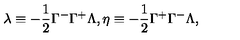
\lambda \equiv - \frac { 1 } { 2 } \Gamma ^ { - } \Gamma ^ { + } \Lambda , \eta \equiv - \frac { 1 } { 2 } \Gamma ^ { + } \Gamma ^ { - } \Lambda ,